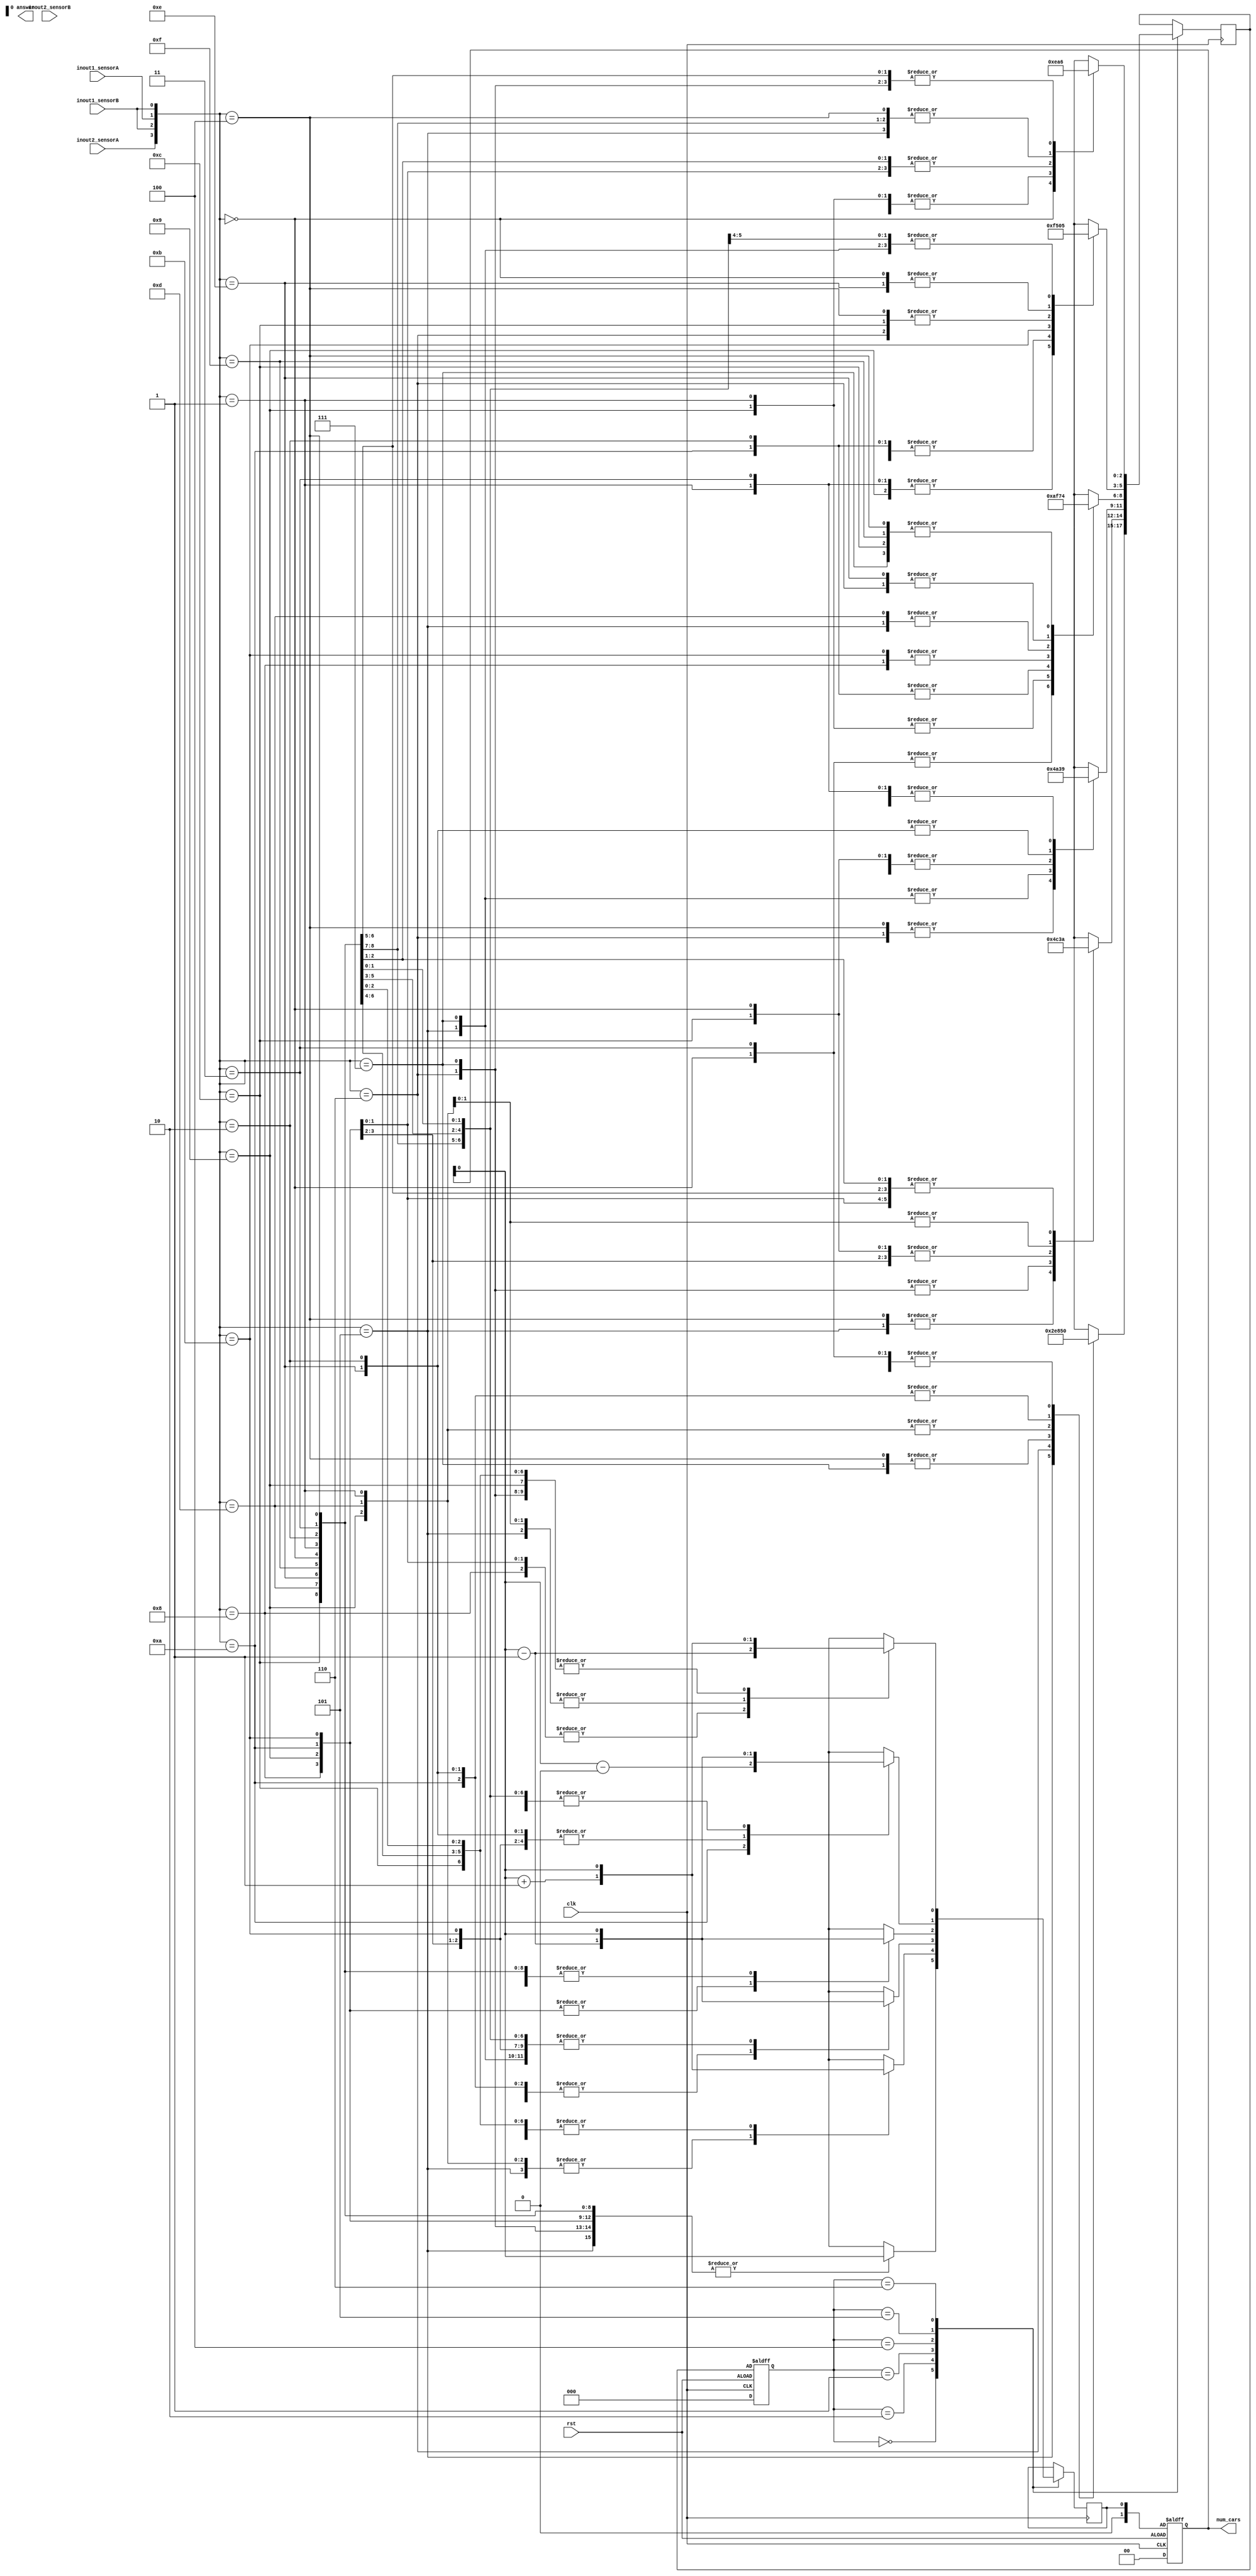
`timescale 1ns / 1ps
module Parking_Lot#(parameter No_Car = 4'b0000, Car_In_G1 = 4'b0010, Car_In_G2 = 4'b1000, Car_Out_G1 = 4'b0001, Car_Out_G2 = 4'b0100,Car_In_Both = 4'b1010,  Car_Out_Both = 4'b0101, Car_In1_Out2 = 4'b0110, Car_In2_Out1 = 4'b1001, Wait = 4'b1111)(
input inout1_sensorA,
input inout1_sensorB,
input inout2_sensorA,
input inout2_sensorB,
input clk,
input rst,
output reg [1:0] num_cars,
output answer
    );
reg [2:0] current_state, next_state;
wire Total_num_cars;
reg num_cars_next;

initial num_cars = 2'b00;
 
 assign Total_num_cars = 4;
 
 always@(posedge clk or negedge rst)
 begin
 if(rst) begin
    current_state = No_Car;
    num_cars = 2'b00;
 end else begin
    current_state = next_state;
    num_cars = num_cars_next;
 end
 end
 
always@(posedge clk) 
begin
case(current_state)
No_Car: begin
    case({inout2_sensorA, inout1_sensorB,inout1_sensorA, inout1_sensorB}) 
        4'b0000: begin
            next_state = No_Car;
            num_cars_next = num_cars;
            end
        4'b0001: begin
            next_state = Car_Out_G1;
            num_cars_next = num_cars;
            end
        4'b0010: begin
            next_state = Car_In_G1;
            num_cars_next = num_cars;
            end
        4'b0011: begin
            next_state = No_Car;
            num_cars_next = num_cars;
            end
        4'b0100: begin
            next_state = Car_Out_G2;
            num_cars_next = num_cars;
            end
        4'b0101: begin
            next_state = Car_Out_Both;
            num_cars_next = num_cars;
            end
        4'b0110: begin
            next_state = Car_In1_Out2;
            num_cars_next = num_cars;
            end
        4'b0111: begin
            next_state = Car_Out_G2;
            num_cars_next = num_cars;
            end
        4'b1000: begin
            next_state = Car_In_G2;
            num_cars_next = num_cars;
            end
        4'b1001: begin
            next_state = Car_In2_Out1;
            num_cars_next = num_cars;
            end
        4'b1010: begin
            next_state = Car_In_Both;
            num_cars_next = num_cars;
            end
        4'b1011: begin
            next_state = Car_In_G2;
            num_cars_next = num_cars;
            end
        4'b1100: begin
            next_state = No_Car;
            num_cars_next = num_cars;
            end
        4'b1101: begin
            next_state = Car_Out_G1;
            num_cars_next = num_cars;
            end
        4'b1110: begin
            next_state = Car_In_G1;
            num_cars_next = num_cars;
            end
        4'b1111: begin
            next_state = No_Car;
            num_cars_next = num_cars;
            end
        endcase
        end
Car_In_G1: begin
    case({inout2_sensorA, inout1_sensorB,inout1_sensorA, inout1_sensorB}) 
        4'b0000: begin
            next_state = No_Car;
            num_cars_next = num_cars;
            end
        4'b0001: begin
            next_state = Wait;
            num_cars_next = num_cars+1;
            end
        4'b0010: begin
            next_state = Car_In_G1;
            num_cars_next = num_cars;
            end
        4'b0011: begin
            next_state = Car_In_G1;
            num_cars_next = num_cars;
            end
        4'b0100: begin
            next_state = Car_Out_G2;
            num_cars_next = num_cars;
            end
        4'b0101: begin
            next_state = Car_Out_G2;
            num_cars_next = num_cars+1;
            end
        4'b0110: begin
            next_state = Car_In1_Out2;
            num_cars_next = num_cars;
            end
        4'b0111: begin
            next_state = Car_In1_Out2;
            num_cars_next = num_cars;
            end
        4'b1000: begin
            next_state = Car_In_G2;
            num_cars_next = num_cars;
            end
        4'b1001: begin
            next_state = Car_In_G2;
            num_cars_next = num_cars+1;
            end
        4'b1010: begin
            next_state = Car_In_Both;
            num_cars_next = num_cars;
            end
        4'b1011: begin
            next_state = Car_In_Both;
            num_cars_next = num_cars;
            end
        4'b1100: begin
            next_state = No_Car;
            num_cars_next = num_cars;
            end
        4'b1101: begin
            next_state = Wait;
            num_cars_next = num_cars+1;
            end
        4'b1110: begin
            next_state = Car_In_G1;
            num_cars_next = num_cars;
            end
        4'b1111: begin
            next_state = Car_In_G1;
            num_cars_next = num_cars;
            end
        endcase
        end
Car_In_G2: begin
        case({inout2_sensorA, inout1_sensorB,inout1_sensorA, inout1_sensorB}) 
            4'b0000: begin
                next_state = No_Car;
                num_cars_next = num_cars;
                end
            4'b0001: begin
                next_state = Car_Out_G1;
                num_cars_next = num_cars;
                end
            4'b0010: begin
                next_state = Car_In_G1;
                num_cars_next = num_cars;
                end
            4'b0011: begin
                next_state = No_Car;
                num_cars_next = num_cars;
                end
            4'b0100: begin
                next_state = Wait;
                num_cars_next = num_cars + 1;
                end
            4'b0101: begin
                next_state = Car_Out_G1;
                num_cars_next = num_cars +1;
                end
            4'b0110: begin
                next_state = Car_In_G1;
                num_cars_next = num_cars+1;
                end
            4'b0111: begin
                next_state = Wait;
                num_cars_next = num_cars+1;
                end
            4'b1000: begin
                next_state = Car_In_G2;
                num_cars_next = num_cars;
                end
            4'b1001: begin
                next_state = Car_In2_Out1;
                num_cars_next = num_cars;
                end
            4'b1010: begin
                next_state = Car_In_Both;
                num_cars_next = num_cars;
                end
            4'b1011: begin
                next_state = Car_In_G2;
                num_cars_next = num_cars;
                end
            4'b1100: begin
                next_state = Car_In_G2;
                num_cars_next = num_cars;
                end
            4'b1101: begin
                next_state = Car_In2_Out1;
                num_cars_next = num_cars;
                end
            4'b1110: begin
                next_state = Car_In_Both;
                num_cars_next = num_cars;
                end
            4'b1111: begin
                next_state = Car_In_G2 ;
                num_cars_next = num_cars;
                end
            endcase
            end
Car_Out_G1: begin
            case({inout2_sensorA, inout1_sensorB,inout1_sensorA, inout1_sensorB}) 
                4'b0000: begin
                    next_state = No_Car;
                    num_cars_next = num_cars;
                    end
                4'b0001: begin
                    next_state = Car_Out_G1;
                    num_cars_next = num_cars;
                    end
                4'b0010: begin
                    next_state = Wait;
                    num_cars_next = num_cars-1;
                    end
                4'b0011: begin
                    next_state = Car_Out_G1;
                    num_cars_next = num_cars;
                    end
                4'b0100: begin
                    next_state = Car_Out_G2;
                    num_cars_next = num_cars;
                    end
                4'b0101: begin
                    next_state = Car_Out_Both;
                    num_cars_next = num_cars;
                    end
                4'b0110: begin
                    next_state = Car_Out_G2;
                    num_cars_next = num_cars-1;
                    end
                4'b0111: begin
                    next_state = Car_Out_Both;
                    num_cars_next = num_cars;
                    end
                4'b1000: begin
                    next_state = Car_In_G2;
                    num_cars_next = num_cars;
                    end
                4'b1001: begin
                    next_state = Car_In2_Out1;
                    num_cars_next = num_cars;
                    end
                4'b1010: begin
                    next_state = Car_In_G2;
                    num_cars_next = num_cars-1;
                    end
                4'b1011: begin
                    next_state = Car_In2_Out1;
                    num_cars_next = num_cars;
                    end
                4'b1100: begin
                    next_state = No_Car;
                    num_cars_next = num_cars;
                    end
                4'b1101: begin
                    next_state = Car_Out_G1;
                    num_cars_next = num_cars;
                    end
                4'b1110: begin
                    next_state = Wait;
                    num_cars_next = num_cars-1;
                    end
                4'b1111: begin
                    next_state = Car_Out_G1;
                    num_cars_next = num_cars;
                    end
                endcase
                end
Car_Out_G2: begin
            case({inout2_sensorA, inout1_sensorB,inout1_sensorA, inout1_sensorB}) 
                4'b0000: begin
                    next_state = No_Car;
                    num_cars_next = num_cars;
                    end
                4'b0001: begin
                    next_state = Car_Out_G1;
                    num_cars_next = num_cars;
                    end
                4'b0010: begin
                    next_state = Car_In_G1;
                    num_cars_next = num_cars;
                    end
                4'b0011: begin
                    next_state = No_Car;
                    num_cars_next = num_cars;
                    end
                4'b0100: begin
                    next_state = Car_Out_G2;
                    num_cars_next = num_cars;
                    end
                4'b0101: begin
                    next_state = Car_Out_Both;
                    num_cars_next = num_cars;
                    end
                4'b0110: begin
                    next_state = Car_In1_Out2;
                    num_cars_next = num_cars;
                    end
                4'b0111: begin
                    next_state = Car_Out_G2;
                    num_cars_next = num_cars;
                    end
                4'b1000: begin
                    next_state = Wait;
                    num_cars_next = num_cars-1;
                    end
                4'b1001: begin
                    next_state = Car_Out_G1;
                    num_cars_next = num_cars-1;
                    end
                4'b1010: begin
                    next_state = Car_In_G1;
                    num_cars_next = num_cars-1;
                    end
                4'b1011: begin
                    next_state = Wait;
                    num_cars_next = num_cars-1;
                    end
                4'b1100: begin
                    next_state = Car_Out_G2;
                    num_cars_next = num_cars;
                    end
                4'b1101: begin
                    next_state = Car_Out_Both;
                    num_cars_next = num_cars;
                    end
                4'b1110: begin
                    next_state = Car_In1_Out2;
                    num_cars_next = num_cars;
                    end
                4'b1111: begin
                    next_state = Car_Out_G2;
                    num_cars_next = num_cars;
                    end
                endcase
                end
Car_In_Both: begin
            case({inout2_sensorA, inout1_sensorB,inout1_sensorA, inout1_sensorB}) 
                4'b0000: begin
                    next_state = No_Car;
                    num_cars_next = num_cars;
                    end
                4'b0001: begin
                    next_state = Wait;
                    num_cars_next = num_cars+1;
                    end
                4'b0010: begin
                    next_state = Car_In_G1;
                    num_cars_next = num_cars;
                    end
                4'b0011: begin
                    next_state = Car_In_G1;
                    num_cars_next = num_cars;
                    end
                4'b0100: begin
                    next_state = Wait;
                    num_cars_next = num_cars+1;
                    end
                4'b0101: begin
                    next_state = Wait;
                    num_cars_next = num_cars+2;
                    end
                4'b0110: begin
                    next_state = Car_In_G1;
                    num_cars_next = num_cars+1;
                    end
                4'b0111: begin
                    next_state = Car_In_G1;
                    num_cars_next = num_cars+1;
                    end
                4'b1000: begin
                    next_state = Car_In_G2;
                    num_cars_next = num_cars;
                    end
                4'b1001: begin
                    next_state = Car_In_G2;
                    num_cars_next = num_cars+1;
                    end
                4'b1010: begin
                    next_state = Car_In_Both;
                    num_cars_next = num_cars;
                    end
                4'b1011: begin
                    next_state = Car_In_Both;
                    num_cars_next = num_cars;
                    end
                4'b1100: begin
                    next_state = Car_In_G2;
                    num_cars_next = num_cars;
                    end
                4'b1101: begin
                    next_state = Car_Out_G2;
                    num_cars_next = num_cars+1;
                    end
                4'b1110: begin
                    next_state = Car_In_Both;
                    num_cars_next = num_cars;
                    end
                4'b1111: begin
                    next_state = Car_In_Both;
                    num_cars_next = num_cars;
                    end
                endcase
                end
Car_Out_Both: begin
            case({inout2_sensorA, inout1_sensorB,inout1_sensorA, inout1_sensorB}) 
                    4'b0000: begin
                        next_state = No_Car;
                        num_cars_next = num_cars;
                        end
                    4'b0001: begin
                        next_state = Car_Out_G1;
                        num_cars_next = num_cars;
                        end
                    4'b0010: begin
                        next_state = Wait;
                        num_cars_next = num_cars-1;
                        end
                    4'b0011: begin
                        next_state = Car_Out_G1;
                        num_cars_next = num_cars;
                        end
                    4'b0100: begin
                        next_state = Car_Out_G2;
                        num_cars_next = num_cars;
                        end
                    4'b0101: begin
                        next_state = Car_Out_Both;
                        num_cars_next = num_cars;
                        end
                    4'b0110: begin
                        next_state = Car_Out_G2;
                        num_cars_next = num_cars-1;
                        end
                    4'b0111: begin
                        next_state = Car_Out_Both;
                        num_cars_next = num_cars;
                        end
                    4'b1000: begin
                        next_state = Wait;
                        num_cars_next = num_cars-1;
                        end
                    4'b1001: begin
                        next_state = Car_Out_G1;
                        num_cars_next = num_cars-1;
                        end
                    4'b1010: begin
                        next_state = Wait;
                        num_cars_next = num_cars-2;
                        end
                    4'b1011: begin
                        next_state = Car_In_G1;
                        num_cars_next = num_cars-1;
                        end
                    4'b1100: begin
                        next_state = Car_Out_G2;
                        num_cars_next = num_cars;
                        end
                    4'b1101: begin
                        next_state = Car_Out_Both;
                        num_cars_next = num_cars;
                        end
                    4'b1110: begin
                        next_state = Car_In_G2;
                        num_cars_next = num_cars-1;
                        end
                    4'b1111: begin
                        next_state = Car_Out_Both;
                        num_cars_next = num_cars;
                        end
                    endcase
                    end
Car_In1_Out2: begin
            case({inout2_sensorA, inout1_sensorB,inout1_sensorA, inout1_sensorB}) 
                4'b0000: begin
                    next_state = No_Car;
                    num_cars_next = num_cars;
                    end
                4'b0001: begin
                    next_state = Wait;
                    num_cars_next = num_cars+1;
                    end
                4'b0010: begin
                    next_state = Car_In_G1;
                    num_cars_next = num_cars;
                    end
                4'b0011: begin
                    next_state = Car_In_G1;
                    num_cars_next = num_cars;
                    end
                4'b0100: begin
                    next_state = Car_Out_G2;
                    num_cars_next = num_cars;
                    end
                4'b0101: begin
                    next_state = Car_Out_G2;
                    num_cars_next = num_cars+1;
                    end
                4'b0110: begin
                    next_state = Car_In1_Out2;
                    num_cars_next = num_cars;
                    end
                4'b0111: begin
                    next_state = Car_In1_Out2;
                    num_cars_next = num_cars;
                    end
                4'b1000: begin
                    next_state = Wait;
                    num_cars_next = num_cars-1;
                    end
                4'b1001: begin
                    next_state = Wait;
                    num_cars_next = num_cars;
                    end
                4'b1010: begin
                    next_state = Car_In_G1;
                    num_cars_next = num_cars-1;
                    end
                4'b1011: begin
                    next_state = Car_In_G1;
                    num_cars_next = num_cars-1;
                    end
                4'b1100: begin
                    next_state = Car_Out_G2;
                    num_cars_next = num_cars;
                    end
                4'b1101: begin
                    next_state = Car_Out_G2;
                    num_cars_next = num_cars+1;
                    end
                4'b1110: begin
                    next_state = Car_In1_Out2;
                    num_cars_next = num_cars;
                    end
                4'b1111: begin
                    next_state = Car_In1_Out2;
                    num_cars_next = num_cars;
                    end
                endcase
                end
Car_In2_Out1: begin
            case({inout2_sensorA, inout1_sensorB,inout1_sensorA, inout1_sensorB}) 
                4'b0000: begin
                    next_state = No_Car;
                    num_cars_next = num_cars;
                    end
                4'b0001: begin
                    next_state = Car_Out_G1;
                    num_cars_next = num_cars;
                    end
                4'b0010: begin
                    next_state = Wait;
                    num_cars_next = num_cars-1;
                    end
                4'b0011: begin
                    next_state = Car_Out_G1;
                    num_cars_next = num_cars;
                    end
                4'b0100: begin
                    next_state = Wait;
                    num_cars_next = num_cars+1;
                    end
                4'b0101: begin
                    next_state = Car_Out_G1;
                    num_cars_next = num_cars+1;
                    end
                4'b0110: begin
                    next_state = Wait;
                    num_cars_next = num_cars;
                    end
                4'b0111: begin
                    next_state = Car_Out_G1;
                    num_cars_next = num_cars+1;
                    end
                4'b1000: begin
                    next_state = Car_In_G2;
                    num_cars_next = num_cars;
                    end
                4'b1001: begin
                    next_state = Car_In2_Out1;
                    num_cars_next = num_cars;
                    end
                4'b1010: begin
                    next_state = Car_In_G2;
                    num_cars_next = num_cars-1;
                    end
                4'b1011: begin
                    next_state = Car_In2_Out1;
                    num_cars_next = num_cars;
                    end
                4'b1100: begin
                    next_state = Car_In_G2;
                    num_cars_next = num_cars;
                    end
                4'b1101: begin
                    next_state = Car_In2_Out1;
                    num_cars_next = num_cars;
                    end
                4'b1110: begin
                    next_state = Car_In_G2;
                    num_cars_next = num_cars-1;
                    end
                4'b1111: begin
                    next_state = Car_In2_Out1;
                    num_cars_next = num_cars;
                    end
                endcase
                end
Wait: begin
        case({inout2_sensorA, inout1_sensorB,inout1_sensorA, inout1_sensorB}) 
                4'b0000: begin
                    next_state = No_Car;
                    num_cars_next = num_cars;
                    end
                4'b0001: begin
                    next_state = Wait;
                    num_cars_next = num_cars;
                    end
                4'b0010: begin
                    next_state = Wait;
                    num_cars_next = num_cars;
                    end
                4'b0011: begin
                    next_state = Wait;
                    num_cars_next = num_cars;
                    end
                4'b0100: begin
                    next_state = Wait;
                    num_cars_next = num_cars;
                    end
                4'b0101: begin
                    next_state = Wait;
                    num_cars_next = num_cars;
                    end
                4'b0110: begin
                    next_state = Wait;
                    num_cars_next = num_cars;
                    end
                4'b0111: begin
                    next_state = Wait;
                    num_cars_next = num_cars;
                    end
                4'b1000: begin
                    next_state = Wait;
                    num_cars_next = num_cars;
                    end
                4'b1001: begin
                    next_state = Wait;
                    num_cars_next = num_cars;
                    end
                4'b1010: begin
                    next_state = Wait;
                    num_cars_next = num_cars;
                    end
                4'b1011: begin
                    next_state = Wait;
                    num_cars_next = num_cars;
                    end
                4'b1100: begin
                    next_state = Wait;
                    num_cars_next = num_cars;
                    end
                4'b1101: begin
                    next_state = Wait;
                    num_cars_next = num_cars;
                    end
                4'b1110: begin
                    next_state = Wait;
                    num_cars_next = num_cars;
                    end
                4'b1111: begin
                    next_state = Wait;
                    num_cars_next = num_cars;
                    end
                endcase
                end
    endcase
    end
endmodule